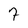
Character: 7